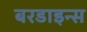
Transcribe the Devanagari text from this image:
बरडाइन्स